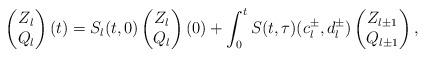
LaTeX: \begin{align*} \begin{pmatrix} Z_{l}\\ Q_{l} \end{pmatrix}(t) = S_{l}(t,0) \begin{pmatrix} Z_{l} \\ Q_{l} \end{pmatrix}(0) + \int_{0}^t S(t,\tau) (c_{l}^{\pm}, d_{l}^{\pm}) \begin{pmatrix} Z_{l\pm 1}\\Q_{l\pm 1} \end{pmatrix}, \end{align*}